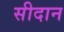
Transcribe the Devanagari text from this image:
सीदान